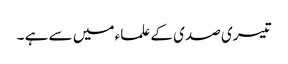
تیسری صدی کے علماء میں سے ہے ۔